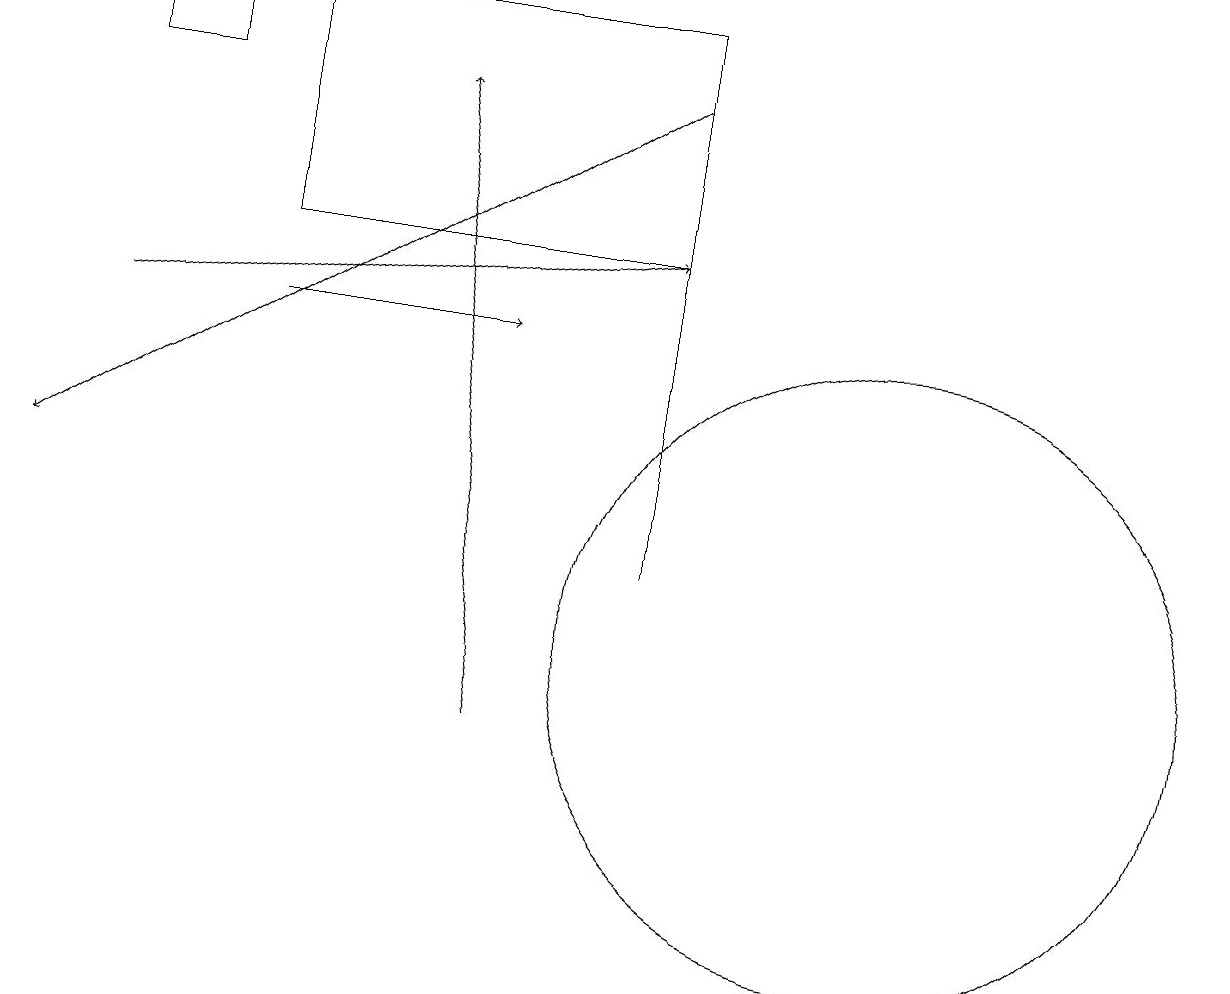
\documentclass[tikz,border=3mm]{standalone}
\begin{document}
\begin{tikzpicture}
\draw[->] (1,15) -- (8,16);
\draw (2,18) rectangle (1,19);
\draw[->] (8,18) -- (0,13);
\draw (11,11) circle (4);
\draw (8,12) rectangle (8,19);
\draw[->] (3,15) -- (6,15);
\draw (8,16) rectangle (3,19);
\draw[->] (6,10) -- (5,18);
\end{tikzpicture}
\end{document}